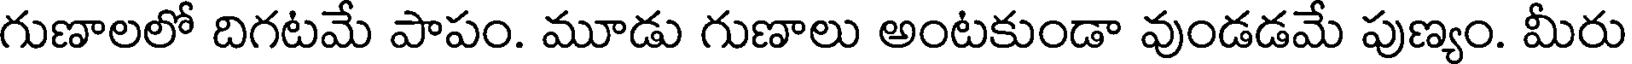
గుణాలలో దిగటమే పాపం. మూడు గుణాలు అంటకుండా వుండడమే పుణ్యం. మీరు